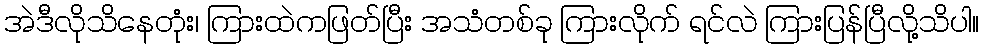
အဲဒီလိုသိနေတုံး၊ ကြားထဲကဖြတ်ပြီး အသံတစ်ခု ကြားလိုက် ရင်လဲ ကြားပြန်ပြီလို့သိပါ။